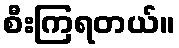
စီးကြရတယ်။